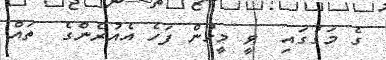
ގެ މަގުގައި  ވީ މީހުން ފަހެ އެއުރެންގެ  ތައް